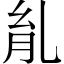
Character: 𦙌